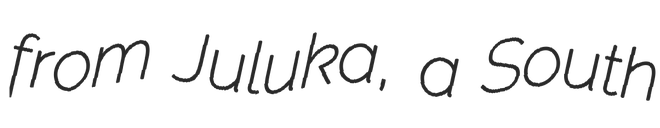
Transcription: from Juluka, a South